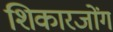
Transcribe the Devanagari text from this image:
शिकारजोंग